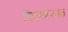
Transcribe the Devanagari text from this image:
विचरणात्मक